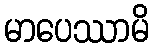
မာပေဿာမိ